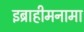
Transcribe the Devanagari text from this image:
इब्राहीमनामा